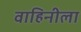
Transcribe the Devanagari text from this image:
वाहिनीला